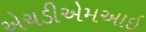
એચડીએમઆઇ